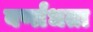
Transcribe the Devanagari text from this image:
बर्णांधता